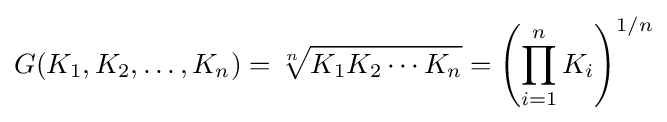
G(K_{1},K_{2},\ldots ,K_{n})={\sqrt[{n}]{K_{1}K_{2}\cdots K_{n}}}=\left(\prod _{i=1}^{n}K_{i}\right)^{1/n}